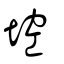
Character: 埪